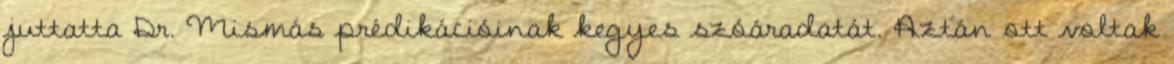
juttatta Dr. Mismás prédikációinak kegyes szóáradatát. Aztán ott voltak